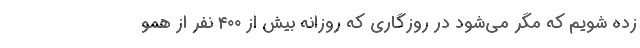
زده شویم که مگر می‌شود در روزگاری که روزانه بیش از ۴۰۰ نفر از همو